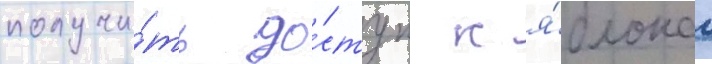
получи́ть до́ступ к я́блокам